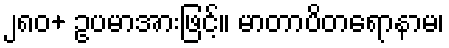
၂၈၀+ ဥပမာအားဖြင့်။ မာတာပိတရောနာမ၊